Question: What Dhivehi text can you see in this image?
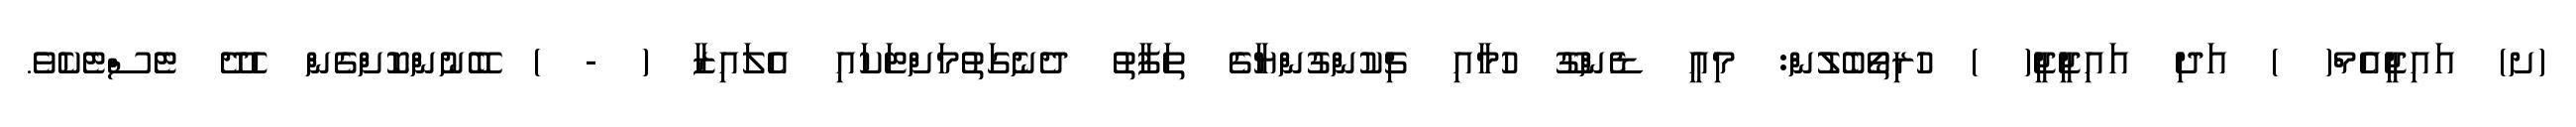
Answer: (ށ) އައިޖީއެމް( ) އަދި އައިޖީޖީ( ) ހުރިތޯބެލުން: މިއީ ޑެންގޫ ހުމާއި ޗިކުންގުންޔާގެ ތަފާތު ދެނެގަތުމަށްޓަކައި އެލައިޒާ ( - ) ބޭނުންކޮށްގެން ހެދޭ ޓެސްޓެކެވެ.